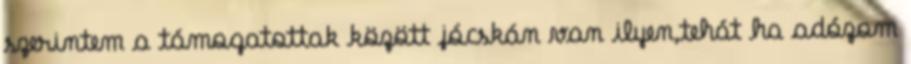
szerintem a támogatottak között jócskán van ilyen,tehát ha adózom